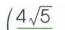
\(4\sqrt{5}\)